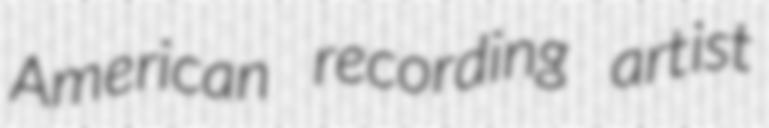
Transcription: American recording artist